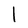
Character: l